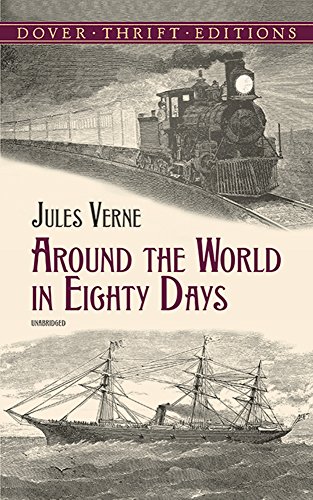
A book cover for Around the World in Eighty Days (Dover Thrift Editions); Jules Verne; Literature & Fiction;